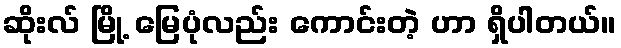
ဆိုးလ် မြို့ မြေပုံလည်း ကောင်းတဲ့ ဟာ ရှိပါတယ်။